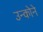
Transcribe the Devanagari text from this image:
उन्कोने